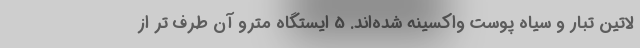
لاتین تبار و سیاه پوست واکسینه شده‌اند. 5 ایستگاه مترو آن طرف تر از